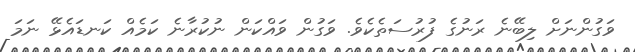
ވަގުންނަށް ލިބޭނެ ރަނުގެ ފުރުސަތެކެވެ. ވަގުން ވައްކަން ނުކުރާނެ ކަމެއް ކަނޑައެޅޭ ނަމަ